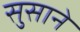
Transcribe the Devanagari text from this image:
सुसाने